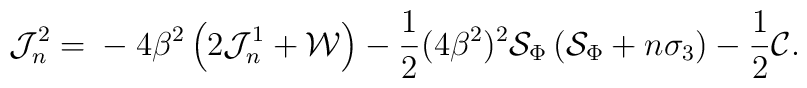
\mathcal J_n^2={}-4\beta^2\left(2\mathcal J_n^1+ {\cal W}\right) -\frac{1}{2}(4\beta^2)^2{\cal S}_\Phi\left ({\cal S}_\Phi+n\sigma_3\right) -\frac 12{\cal C}.